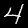
Digit: 4